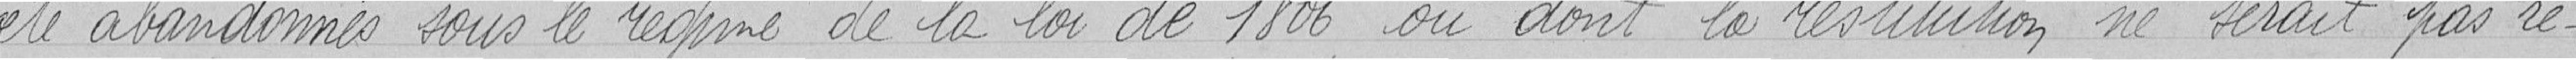
été abandonnés sous le régime de la loi de 1806 ou dont la restitution ne serait pas ré-